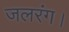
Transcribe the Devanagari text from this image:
जलरंग।